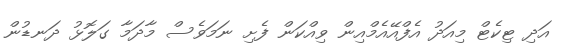
އަދި ޓިކެޓް މިއަދު އެފްއޭއެމްއިން ވިއްކަން ފެށި ނަމަވެސް މާދަމާ ގަލޮޅު ދަނޑުން